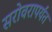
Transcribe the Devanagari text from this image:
सरोवरापर्यंत